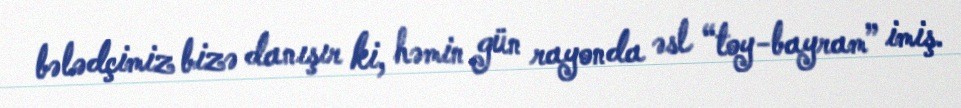
bələdçimiz bizə danışır ki, həmin gün rayonda əsl “toy-bayram” imiş.